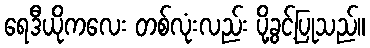
ရေဒီယိုကလေး တစ်လုံးလည်း ပို့ခွင့်ပြုသည်။